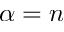
\alpha = n